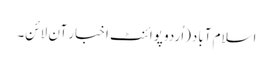
اسلام آباد(اُردو پوائنٹ اخبار آن لائن۔